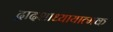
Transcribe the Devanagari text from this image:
द्वादशाध्यायात्मक